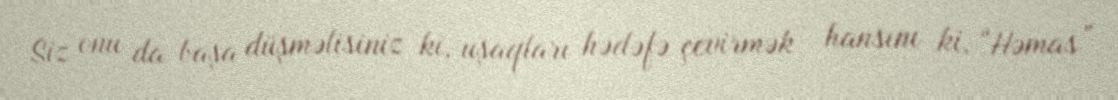
Siz onu da başa düşməlisiniz ki, uşaqları hədəfə çevirmək - hansını ki, “Həmas”